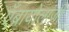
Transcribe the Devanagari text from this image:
एँब्रायोलाजी